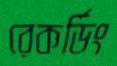
রেকর্ডিং